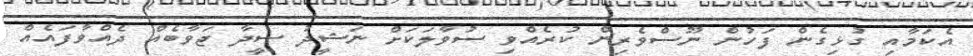
އެކަމާއި ގުޅިގެން ފަހުން ނޫސްވެރިން ކުރެއްވި ސުވާލަކަށް ނަޝީދު ސީދާ ޖަވާބެއް ދެއްވާފައެއް